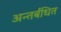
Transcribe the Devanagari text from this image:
अन्तर्बंधित